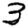
Digit: 3